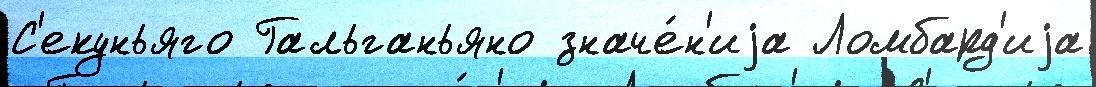
С'екуньяго Гальганьяно значе́н'иjа Ломбард'иjа